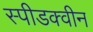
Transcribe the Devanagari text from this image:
स्पीडक्वीन